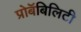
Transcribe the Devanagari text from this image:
प्रोबॅबिलिटी